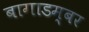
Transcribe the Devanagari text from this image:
बागाडम्बर